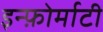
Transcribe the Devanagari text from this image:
इन्फ़ोर्माटी